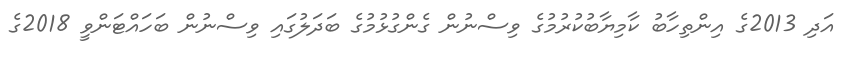
އަދި 2013ގެ އިންތިހާބު ކާމިޔާބުކުރުމުގެ ވިސްނުން ގެންގުޅުމުގެ ބަދަލުގައި ވިސްނުން ބަހައްޓަންވީ 2018ގެ